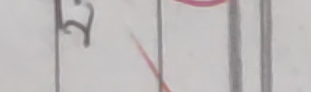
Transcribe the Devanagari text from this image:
२